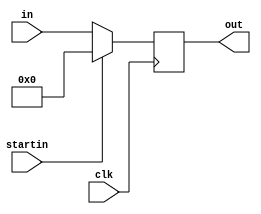
module PC (
    input [31:0] in,
    input clk,
    input startin,
    output reg [31:0] out
);

  always @(posedge clk) begin
    if (startin) out <= 32'b0;
    else out <= in;
  end
endmodule